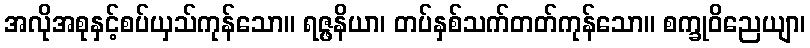
အလိုအစုနှင့်စပ်ယှသ်ကုန်သော။ ရဇ္ဖနိယာ၊ တပ်နှစ်သက်တတ်ကုန်သော။ စက္ခုဝိညေယျာ၊